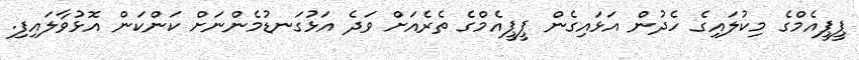
ޕީޕީއެމްގެ މިކުލައިގެ ހެދުން އަޅައިގެން ޕީޕީއެމްގެ ތެރެއަށް ވަދެ އަޅުގަނޑުމެންނަށް ކަންކަން އޮޅުވާލައިފި.